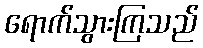
ရောက်သွားကြသည်